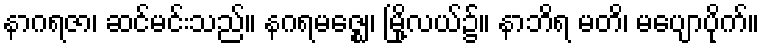
နာဂရဇာ၊ ဆင်မင်းသည်။ နဂရမဇ္ဈေ၊ မြို့လယ်၌။ နာဘိရ မတိ၊ မပျောပိုက်။